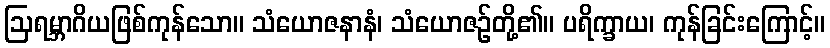
ဩရမ္ဘာဂိယဖြစ်ကုန်သော။ သံယောဇနာနံ၊ သံယောဇဉ်တို့၏။ ပရိက္ခာယ၊ ကုန်ခြင်းကြောင့်။